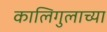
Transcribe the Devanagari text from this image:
कालिगुलाच्या